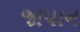
જાપાન